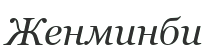
Женминби